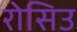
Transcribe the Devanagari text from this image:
रोसिउ